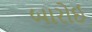
બારોઈ